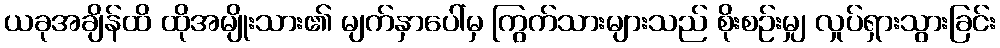
ယခုအချိန်ထိ ထိုအမျိုးသား၏ မျက်နှာပေါ်မှ ကြွက်သားများသည် စိုးစဉ်းမျှ လှုပ်ရှားသွားခြင်း